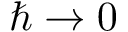
\hbar \rightarrow 0